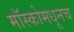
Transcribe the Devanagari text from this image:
मॉस्कोमधूनच